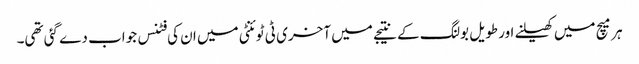
ہر میچ میں کھیلنے اور طویل بولنگ کے نتیجے میں آخری ٹی ٹوئنٹی میں ان کی فٹنس جواب دے گئی تھی۔